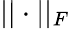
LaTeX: ||\cdot||_{F}